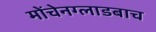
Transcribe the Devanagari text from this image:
मोंचेनग्लाडबाच